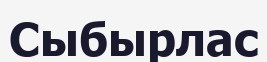
Сыбырлас